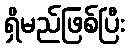
ရှိမည်ဖြစ်ပြီး